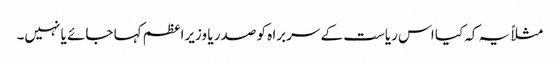
مثلاً یہ کہ کیا اس ریاست کے سربرا ہ کو صدر یا وزیراعظم کہا جائے یا نہیں۔